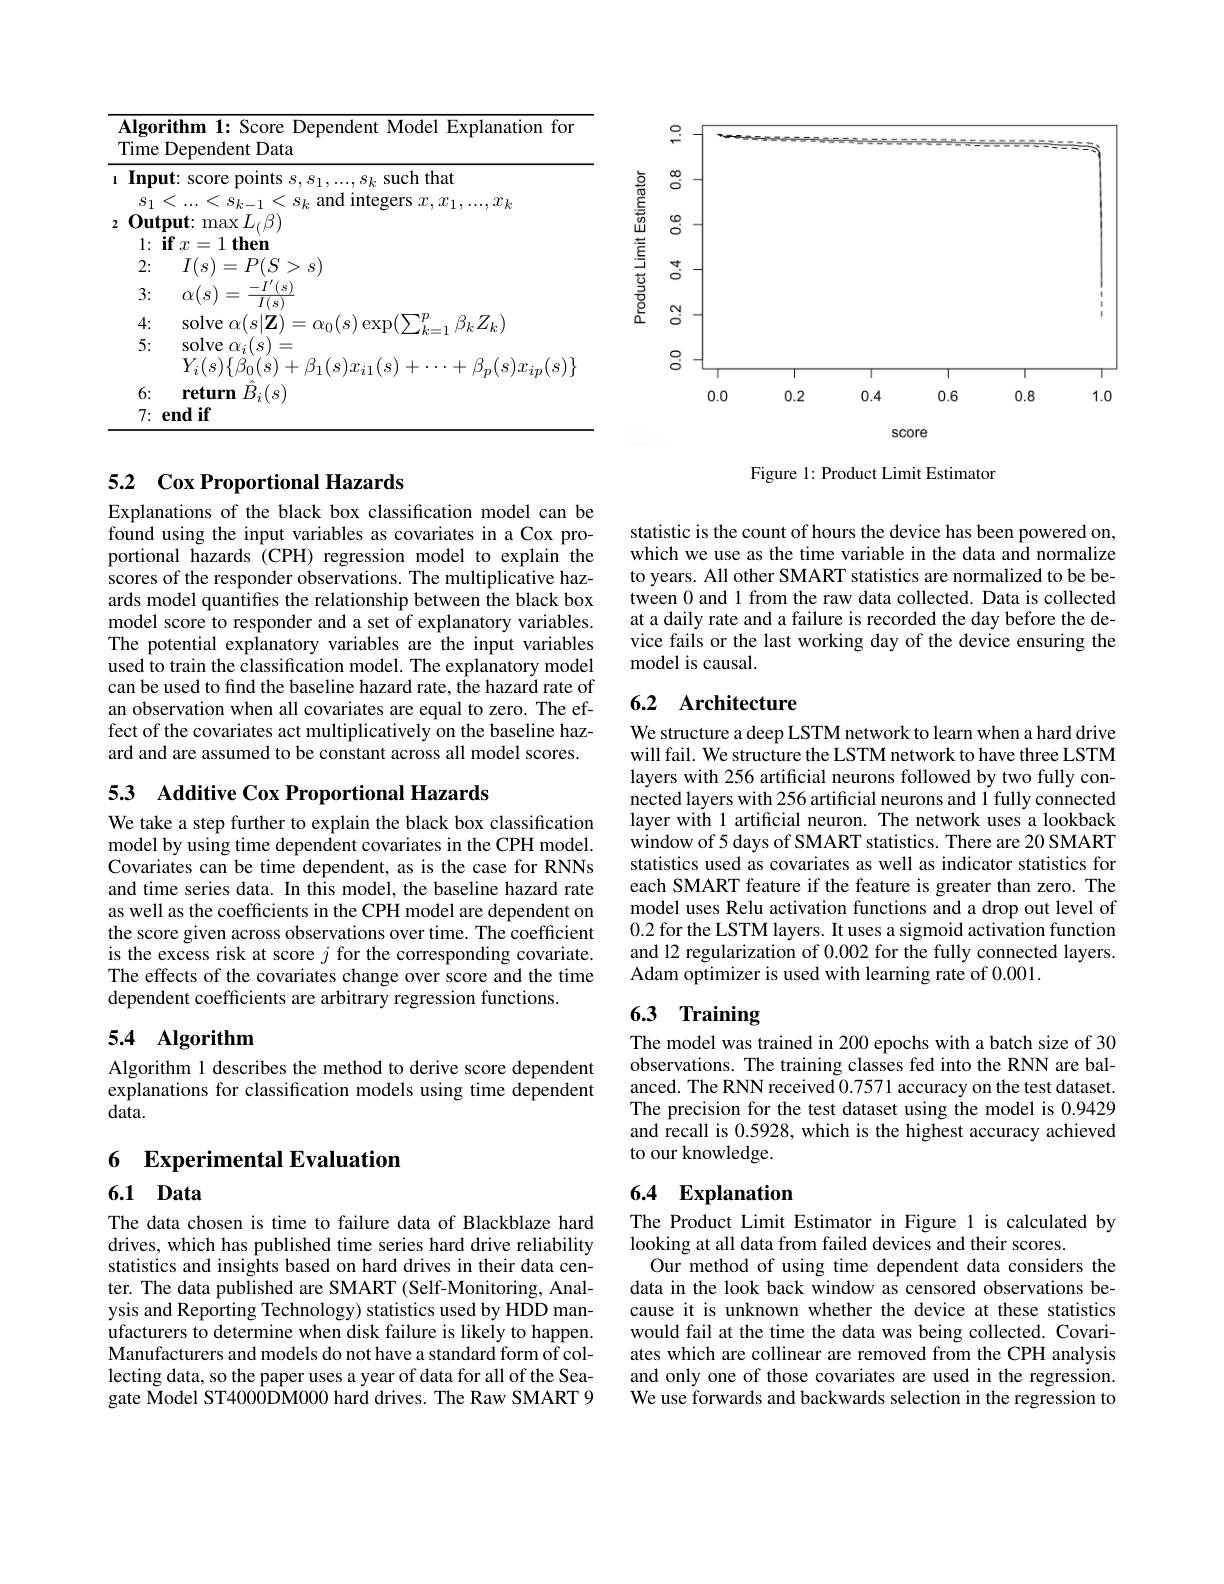
<table>
	<tbody>
		<tr>
			<td> </td>
			<td>gorithm 1: Score Dependent Model Explanation for ${\mathrm{me~Dependent~Data}}$</td>
		</tr>
		<tr>
			<td> </td>
			<td> </td>
		</tr>
		<tr>
			<td> </td>
			<td>$\alpha(s$ $I(s)$</td>
		</tr>
		<tr>
			<td> </td>
			<td>$\angle L_{k}$</td>
		</tr>
		<tr>
			<td> </td>
			<td>return $\hat{B}_i(s)$ 6: $7\nobreak {: } \textbf{end if}$</td>
		</tr>
	</tbody>
</table>

## 5.2 Cox Proportional Hazards

Explanations of the black box classification model can be found using the input variables as covariates in a Cox proportional hazards (CPH) regression model to explain the scores of the responder observations. The multiplicative hazards model quantifies the relationship between the black box model score to responder and a set of explanatory variables. The potential explanatory variables are the input variables used to train the classification model. The explanatory model can be used to find the baseline hazard rate, the hazard rate of an observation when all covariates are equal to zero. The effect of the covariates act multiplicatively on the baseline hazard and are assumed to be constant across all model scores.

53 Additive Cox Proportional Hazards

We take a step further to explain the black box classification model by using time dependent covariates in the CPH model. Covariates can be time dependent, as is the case for RNNs and time series data. In this model, the baseline hazard rate as well as the coefficients in the CPH model are dependent on the score given across observations over time. The coefficient is the excess risk at score $j$ for the corresponding covariate. The effects of the covariates change over score and the time dependent coefficients are arbitrary regression functions.

## 5.4 Algorithm

Algorithm 1 describes the method to derive score dependent explanations for classification models using time dependent data.

6 Experimental Evaluation

6.1 Data

The data chosen is time to failure data of Blackblaze hard drives, which has published time series hard drive reliability statistics and insights based on hard drives in their data center. The data published are SMART (Self-Monitoring, Analysis and Reporting Technology) statistics used by HDD manufacturers to determine when disk failure is likely to happen. Manufacturers and models do not have a standard form of collecting data, so the paper uses a year of data for all of the Seagate Model ST4000DM000 hard drives. The Raw SMART 9

<FigureHere>

Figure 1: Product Limit Estimator

statistic is the count of hours the device has been powered on, which we use as the time variable in the data and normalize to years. All other SMART statistics are normalized to be between 0 and 1 from the raw data collected. Data is collected at a daily rate and a failure is recorded the day before the device fails or the last working day of the device ensuring the model is causal.

## 6.2 Architecture

We structure a deep LSTM network to learn when a hard drive will fail. We structure the LSTM network to have three LSTM layers with 256 artificial neurons followed by two fully connected layers with 256 artificial neurons and 1 fully connected layer with 1 artificial neuron. The network uses a lookback window of 5 days of SMART statistics. There are 20 SMART statistics used as covariates as well as indicator statistics for each SMART feature if the feature is greater than zero. The model uses Relu activation functions and a drop out level of 0.2 for the LSTM layers. It uses a sigmoid activation function and 12 regularization of 0.002 for the fully connected layers. Adam optimizer is used with learning rate of 0.001.

## 6.3 Training

The model was trained in 200 epochs with a batch size of 30 observations. The training classes fed into the RNN are balanced. The RNN received 0.7571 accuracy on the test dataset. The precision for the test dataset using the model is 0.9429 and recall is 0.5928, which is the highest accuracy achieved to our knowledge.

### 6.4 Explanation

The Product Limit Estimator in Figure 1 is calculated by
looking at all data from failed devices and their scores.
Our method of using time dependent data considers the data in the look back window as censored observations because it is unknown whether the device at these statistics would fail at the time the data was being collected. Covariates which are collinear are removed from the CPH analysis and only one of those covariates are used in the regression. We use forwards and backwards selection in the regression to